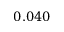
0 . 0 4 0